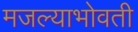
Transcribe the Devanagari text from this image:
मजल्याभोवती